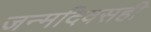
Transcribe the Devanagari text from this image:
जन्मदिवसही